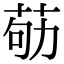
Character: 𦮿